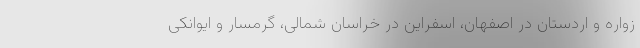
زواره و اردستان در اصفهان، اسفراین در خراسان شمالی، گرمسار و ایوانکی